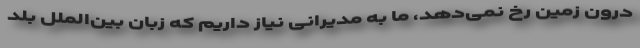
درون زمین رخ نمی‌دهد، ما به مدیرانی نیاز داریم که زبان بین‌الملل بلد